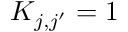
K _ { j , j ^ { \prime } } = 1